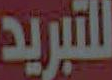
للتبريد